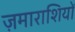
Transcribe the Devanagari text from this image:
ज़माराशियों